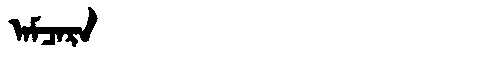
Manchu: ᠠᠮᠴᠠᡵᠠ
Romanization: AMCARA